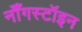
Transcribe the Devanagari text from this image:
नॉँगस्टॉइन